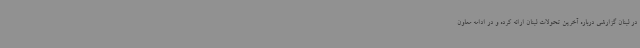
در لبنان گزارشی درباره آخرین تحولات لبنان ارائه کرده و در ادامه معاون